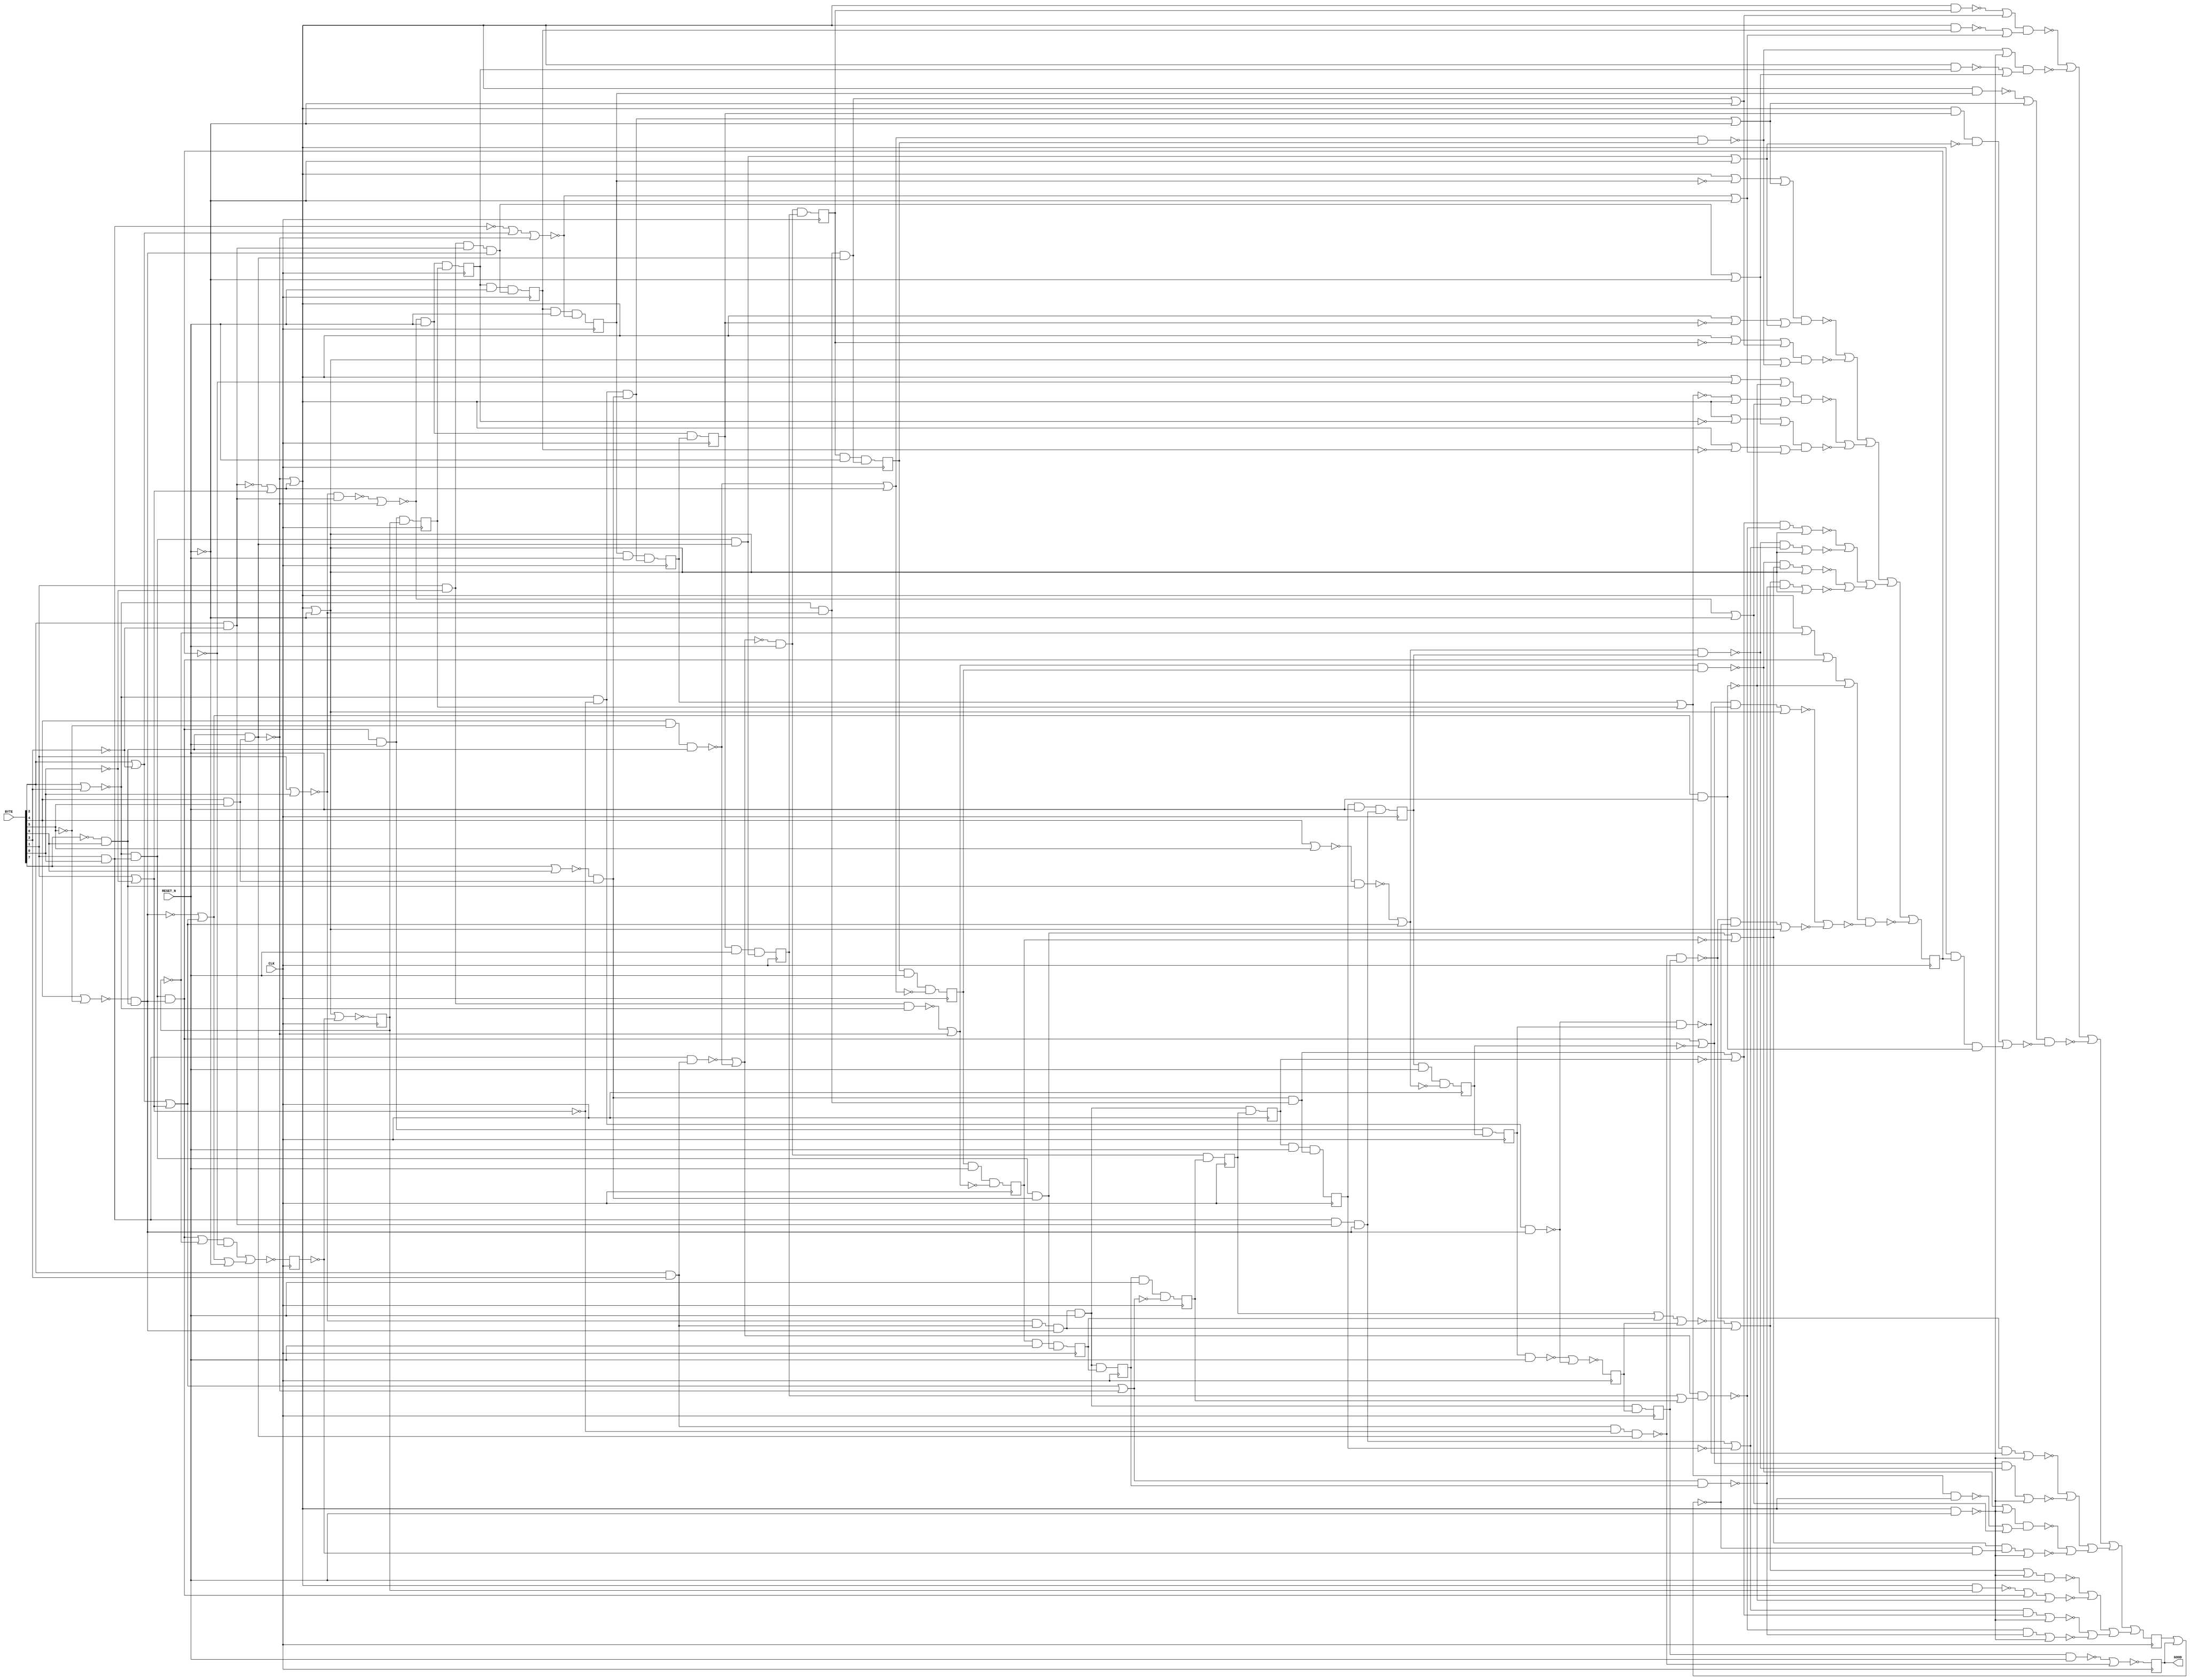
module logick(CLK, RESET_N, BYTE, GOOD);
  wire _000_;
  wire _001_;
  wire _002_;
  wire _003_;
  wire _004_;
  wire _005_;
  wire _006_;
  wire _007_;
  wire _008_;
  wire _009_;
  wire _010_;
  wire _011_;
  wire _012_;
  wire _013_;
  wire _014_;
  wire _015_;
  wire _016_;
  wire _017_;
  wire _018_;
  wire _019_;
  wire _020_;
  wire _021_;
  wire _022_;
  wire _023_;
  wire _024_;
  wire _025_;
  wire _026_;
  wire _027_;
  wire _028_;
  wire _029_;
  wire _030_;
  wire _031_;
  wire _032_;
  wire _033_;
  wire _034_;
  wire _035_;
  wire _036_;
  wire _037_;
  wire _038_;
  wire _039_;
  wire _040_;
  wire _041_;
  wire _042_;
  wire _043_;
  wire _044_;
  wire _045_;
  wire _046_;
  wire _047_;
  wire _048_;
  wire _049_;
  wire _050_;
  wire _051_;
  wire _052_;
  wire _053_;
  wire _054_;
  wire _055_;
  wire _056_;
  wire _057_;
  wire _058_;
  wire _059_;
  wire _060_;
  wire _061_;
  wire _062_;
  wire _063_;
  wire _064_;
  wire _065_;
  wire _066_;
  wire _067_;
  wire _068_;
  wire _069_;
  wire _070_;
  wire _071_;
  wire _072_;
  wire _073_;
  wire _074_;
  wire _075_;
  wire _076_;
  wire _077_;
  wire _078_;
  wire _079_;
  wire _080_;
  wire _081_;
  wire _082_;
  wire _083_;
  wire _084_;
  wire _085_;
  wire _086_;
  wire _087_;
  wire _088_;
  wire _089_;
  wire _090_;
  wire _091_;
  wire _092_;
  wire _093_;
  wire _094_;
  wire _095_;
  wire _096_;
  wire _097_;
  wire _098_;
  wire _099_;
  wire _100_;
  wire _101_;
  wire _102_;
  wire _103_;
  wire _104_;
  wire _105_;
  wire _106_;
  wire _107_;
  wire _108_;
  wire _109_;
  wire _110_;
  wire _111_;
  wire _112_;
  wire _113_;
  wire _114_;
  wire _115_;
  wire _116_;
  wire _117_;
  wire _118_;
  wire _119_;
  wire _120_;
  wire _121_;
  wire _122_;
  wire _123_;
  wire _124_;
  wire _125_;
  wire _126_;
  wire _127_;
  wire _128_;
  wire _129_;
  wire _130_;
  wire _131_;
  wire _132_;
  wire _133_;
  wire _134_;
  wire _135_;
  wire _136_;
  wire _137_;
  wire _138_;
  wire _139_;
  wire _140_;
  wire _141_;
  wire _142_;
  wire _143_;
  wire _144_;
  wire _145_;
  wire _146_;
  wire _147_;
  wire _148_;
  wire _149_;
  wire _150_;
  wire _151_;
  wire _152_;
  wire _153_;
  wire _154_;
  wire _155_;
  wire _156_;
  wire _157_;
  wire _158_;
  wire _159_;
  wire _160_;
  wire _161_;
  wire _162_;
  wire _163_;
  wire _164_;
  wire _165_;
  wire _166_;
  wire _167_;
  wire _168_;
  wire _169_;
  wire _170_;
  wire _171_;
  wire _172_;
  wire _173_;
  wire _174_;
  wire _175_;
  wire _176_;
  wire _177_;
  wire _178_;
  wire _179_;
  wire _180_;
  wire _181_;
  wire _182_;
  wire _183_;
  wire _184_;
  wire _185_;
  wire _186_;
  wire _187_;
  wire _188_;
  wire _189_;
  wire _190_;
  wire _191_;
  wire _192_;
  wire _193_;
  wire _194_;
  wire _195_;
  wire _196_;
  wire _197_;
  wire _198_;
  wire _199_;
  wire _200_;
  wire _201_;
  wire _202_;
  wire _203_;
  wire _204_;
  wire _205_;
  wire _206_;
  input [7:0] BYTE;
  input CLK;
  output GOOD;
  input RESET_N;
  reg [26:0] state;
  assign _171_ = ~BYTE[0];
  assign _172_ = BYTE[1] | _171_;
  assign _173_ = ~BYTE[3];
  assign _174_ = ~(BYTE[2] & _173_);
  assign _175_ = _174_ | _172_;
  assign _176_ = BYTE[4] & BYTE[5];
  assign _177_ = ~BYTE[7];
  assign _178_ = _177_ & BYTE[6];
  assign _179_ = ~(_178_ & _176_);
  assign _180_ = _179_ | _175_;
  assign _181_ = ~(_180_ & RESET_N);
  assign _182_ = BYTE[2] | _173_;
  assign _183_ = _182_ | _172_;
  assign _184_ = ~((_183_ | _179_) & state[1]);
  assign _185_ = ~BYTE[5];
  assign _186_ = BYTE[4] & _185_;
  assign _187_ = ~(_186_ & _178_);
  assign _188_ = BYTE[2] & BYTE[3];
  assign _189_ = BYTE[1] & BYTE[0];
  assign _190_ = ~(_189_ & _188_);
  assign _191_ = ~((_190_ | _187_) & (state[9] | state[15]));
  assign _192_ = ~((_191_ & _184_) | _181_);
  assign _193_ = ~state[22];
  assign _194_ = ~(BYTE[1] | BYTE[0]);
  assign _195_ = ~(BYTE[2] | BYTE[3]);
  assign _196_ = _195_ & _194_;
  assign _197_ = ~(BYTE[7] | BYTE[6]);
  assign _198_ = _197_ & _176_;
  assign _199_ = _198_ & _196_;
  assign _200_ = _199_ | _193_;
  assign _201_ = ~state[5];
  assign _202_ = ~(BYTE[4] | _185_);
  assign _203_ = _202_ & _178_;
  assign _204_ = BYTE[2] & _173_;
  assign _205_ = _189_ & _204_;
  assign _206_ = _205_ & _203_;
  assign _000_ = _206_ | _201_;
  assign _001_ = ~((_000_ & _200_) | _181_);
  assign _002_ = _001_ | _192_;
  assign _003_ = ~(_202_ & _178_);
  assign _004_ = _003_ | _183_;
  assign _005_ = ~(_004_ & RESET_N);
  assign _006_ = _195_ & _189_;
  assign _007_ = _006_ & _203_;
  assign _008_ = ~(_180_ & state[21]);
  assign _009_ = _008_ | _007_;
  assign _010_ = ~(_009_ | _005_);
  assign _011_ = _194_ & _188_;
  assign _012_ = _011_ & _203_;
  assign _013_ = state[8] | state[26];
  assign _014_ = ~(_013_ | state[3]);
  assign _015_ = _014_ | _012_;
  assign _016_ = ~((_015_ | _181_) & RESET_N);
  assign _017_ = _016_ | _010_;
  assign _018_ = _017_ | _002_;
  assign _019_ = ~state[7];
  assign _020_ = ~(state[0] | state[10]);
  assign _021_ = _020_ & _019_;
  assign _022_ = ~state[13];
  assign _023_ = _006_ & _198_;
  assign _024_ = _023_ | _022_;
  assign _025_ = ~((_024_ & _021_) | _181_);
  assign _026_ = ~RESET_N;
  assign _027_ = ~(_194_ & _204_);
  assign _028_ = ~(_027_ | _179_);
  assign _029_ = _028_ | _026_;
  assign _030_ = ~((state[2] | state[4]) & _180_);
  assign _031_ = BYTE[1] & _171_;
  assign _032_ = ~(_031_ & _195_);
  assign _033_ = ~((_032_ | _179_) & state[20]);
  assign _034_ = ~((_033_ | _181_) & (_030_ | _029_));
  assign _035_ = _034_ | _025_;
  assign _036_ = ~(BYTE[4] | BYTE[5]);
  assign _037_ = ~(_036_ & _178_);
  assign _038_ = ~((_037_ | _183_) & state[19]);
  assign _039_ = ~state[12];
  assign _040_ = _007_ | _039_;
  assign _041_ = ~((_040_ & _038_) | _181_);
  assign _042_ = ~(BYTE[1] | _171_);
  assign _043_ = _195_ & _042_;
  assign _044_ = ~(_043_ & _203_);
  assign _045_ = ~(_044_ & state[25]);
  assign _046_ = _178_ & _176_;
  assign _047_ = _188_ & _042_;
  assign _048_ = ~(_047_ & _046_);
  assign _049_ = ~(_048_ & state[17]);
  assign _050_ = ~((_049_ & _045_) | _181_);
  assign _051_ = _050_ | _041_;
  assign _052_ = _051_ | _035_;
  assign _053_ = _043_ & _198_;
  assign _054_ = _053_ | _026_;
  assign _055_ = ~(_180_ & state[24]);
  assign _056_ = _004_ & RESET_N;
  assign _057_ = _180_ & state[14];
  assign _058_ = _006_ & _046_;
  assign _059_ = ~(_058_ | _026_);
  assign _060_ = _180_ & state[16];
  assign _061_ = ~((_060_ & _059_) | (_057_ & _056_));
  assign _062_ = ~((_055_ | _054_) & _061_);
  assign _063_ = _031_ & _204_;
  assign _064_ = _063_ & _203_;
  assign _065_ = _064_ | _026_;
  assign _066_ = ~(_180_ & state[18]);
  assign _067_ = ~((_187_ | _175_) & state[6]);
  assign _068_ = ~((_067_ | _181_) & (_066_ | _065_));
  assign _069_ = ~(BYTE[1] & BYTE[0]);
  assign _070_ = _069_ | _182_;
  assign _071_ = ~(_070_ | _179_);
  assign _072_ = _071_ | _026_;
  assign _073_ = ~(_180_ & state[11]);
  assign _074_ = _196_ & _046_;
  assign _075_ = _074_ | _026_;
  assign _076_ = ~(_180_ & state[23]);
  assign _077_ = ~((_076_ | _075_) & (_073_ | _072_));
  assign _078_ = _077_ | _068_;
  assign _079_ = _078_ | _062_;
  assign _080_ = _079_ | _052_;
  assign _086_ = _080_ | _018_;
  assign _081_ = ~state[21];
  assign _082_ = _180_ | _081_;
  assign _083_ = _082_ | _007_;
  assign _084_ = _180_ | _026_;
  assign _085_ = ~((_049_ & _020_) | _084_);
  assign _087_ = ~((_045_ & _040_) | _084_);
  assign _088_ = ~(_087_ | _085_);
  assign _089_ = ~((_083_ | _005_) & _088_);
  assign _090_ = ~((_015_ & _184_) | _084_);
  assign _091_ = ~((_033_ & _024_) | _084_);
  assign _092_ = _091_ | _090_;
  assign _093_ = ~((_038_ & _000_) | _084_);
  assign _094_ = ~((_200_ & _191_) | _084_);
  assign _095_ = _094_ | _093_;
  assign _096_ = _095_ | _092_;
  assign _097_ = ~state[11];
  assign _098_ = _180_ | _097_;
  assign _099_ = ~state[18];
  assign _100_ = _180_ | _099_;
  assign _101_ = ~((_100_ | _065_) & (_098_ | _072_));
  assign _102_ = ~(state[2] | state[4]);
  assign _103_ = _102_ | _180_;
  assign _104_ = ~state[14];
  assign _105_ = _180_ | _104_;
  assign _106_ = ~((_105_ | _005_) & (_103_ | _029_));
  assign _107_ = _106_ | _101_;
  assign _108_ = ~state[23];
  assign _109_ = _180_ | _108_;
  assign _110_ = ~((_109_ | _075_) & (_084_ | _067_));
  assign _111_ = _058_ | _026_;
  assign _112_ = ~state[16];
  assign _113_ = _180_ | _112_;
  assign _114_ = ~state[24];
  assign _115_ = _180_ | _114_;
  assign _116_ = ~((_115_ | _054_) & (_113_ | _111_));
  assign _117_ = _116_ | _110_;
  assign _118_ = _117_ | _107_;
  assign _119_ = _118_ | _096_;
  assign _135_ = _119_ | _089_;
  assign _120_ = _004_ | _026_;
  assign _121_ = _007_ | _081_;
  assign _142_ = ~((_121_ & _104_) | _120_);
  assign _122_ = ~(state[25] & RESET_N);
  assign _147_ = ~(_122_ | _044_);
  assign _123_ = _007_ & RESET_N;
  assign _148_ = _123_ & state[21];
  assign _124_ = state[22] & RESET_N;
  assign _149_ = _124_ & _199_;
  assign _125_ = state[23] & RESET_N;
  assign _150_ = _125_ & _074_;
  assign _126_ = ~(_183_ | _179_);
  assign _127_ = state[1] & RESET_N;
  assign _151_ = _127_ & _126_;
  assign _128_ = _012_ & RESET_N;
  assign _152_ = _128_ & state[3];
  assign _129_ = ~(_187_ | _175_);
  assign _130_ = state[6] & RESET_N;
  assign _153_ = _130_ & _129_;
  assign _154_ = _123_ & state[12];
  assign _131_ = ~(state[17] & RESET_N);
  assign _155_ = ~(_131_ | _048_);
  assign _132_ = state[24] & RESET_N;
  assign _156_ = _132_ & _053_;
  assign _133_ = state[18] & RESET_N;
  assign _157_ = _133_ & _064_;
  assign _158_ = _128_ & state[26];
  assign _134_ = _028_ & RESET_N;
  assign _159_ = _134_ & state[2];
  assign _160_ = _134_ & state[4];
  assign _136_ = state[5] & RESET_N;
  assign _161_ = _136_ & _206_;
  assign _162_ = ~(_084_ | _019_);
  assign _163_ = _128_ & state[8];
  assign _137_ = ~(_190_ | _187_);
  assign _138_ = _137_ & RESET_N;
  assign _164_ = _138_ & state[9];
  assign _139_ = state[11] & RESET_N;
  assign _165_ = _139_ & _071_;
  assign _140_ = state[13] & RESET_N;
  assign _166_ = _140_ & _023_;
  assign _167_ = _138_ & state[15];
  assign _141_ = state[16] & RESET_N;
  assign _168_ = _141_ & _058_;
  assign _143_ = ~(_037_ | _183_);
  assign _144_ = state[19] & RESET_N;
  assign _169_ = _144_ & _143_;
  assign _145_ = ~(_032_ | _179_);
  assign _146_ = state[20] & RESET_N;
  assign _170_ = _146_ & _145_;
  always @(posedge CLK)
      state[0] <= _086_;
  always @(posedge CLK)
      state[1] <= _158_;
  always @(posedge CLK)
      state[2] <= _156_;
  always @(posedge CLK)
      state[3] <= _147_;
  always @(posedge CLK)
      state[4] <= _148_;
  always @(posedge CLK)
      state[5] <= _149_;
  always @(posedge CLK)
      state[6] <= _150_;
  always @(posedge CLK)
      state[7] <= _142_;
  always @(posedge CLK)
      state[8] <= _167_;
  always @(posedge CLK)
      state[9] <= _168_;
  always @(posedge CLK)
      state[10] <= _155_;
  always @(posedge CLK)
      state[11] <= _157_;
  always @(posedge CLK)
      state[12] <= _169_;
  always @(posedge CLK)
      state[13] <= _170_;
  always @(posedge CLK)
      state[14] <= _135_;
  always @(posedge CLK)
      state[15] <= _151_;
  always @(posedge CLK)
      state[16] <= _159_;
  always @(posedge CLK)
      state[17] <= _152_;
  always @(posedge CLK)
      state[18] <= _160_;
  always @(posedge CLK)
      state[19] <= _161_;
  always @(posedge CLK)
      state[20] <= _153_;
  always @(posedge CLK)
      state[21] <= _162_;
  always @(posedge CLK)
      state[22] <= _163_;
  always @(posedge CLK)
      state[23] <= _164_;
  always @(posedge CLK)
      state[24] <= _165_;
  always @(posedge CLK)
      state[25] <= _154_;
  always @(posedge CLK)
      state[26] <= _166_;
  assign GOOD = state[10];
endmodule